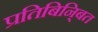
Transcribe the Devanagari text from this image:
प्रतिबिनि्बत